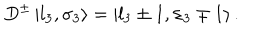
D ^ { \pm } \left| l _ { 3 } , \sigma _ { 3 } \right\rangle = \left| l _ { 3 } \pm 1 , \sigma _ { 3 } \mp 1 \right\rangle .